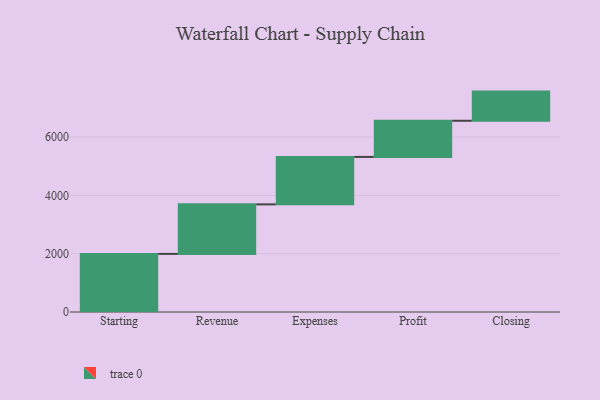
{"axis": {"x": "Step", "y": "Value"}, "legend": [""], "data": [{"x": "Starting", "y": 1992.0, "type": ""}, {"x": "Revenue", "y": 1699.0, "type": ""}, {"x": "Expenses", "y": 1627.0, "type": ""}, {"x": "Profit", "y": 1240.0, "type": ""}, {"x": "Closing", "y": 1000, "type": ""}]}